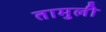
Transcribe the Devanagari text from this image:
तामुली